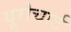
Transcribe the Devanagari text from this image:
यूरोचार्ट